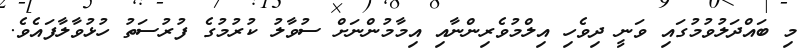
މި ބައްދަލުވުމުގައި ވަނީ ދިވެހި އިލްމުވެރިންނާއި އިމާމުންނަށް ސުވާލު ކުރުމުގެ ފުރުސަތު ހުޅުވާލާފައެވެ.